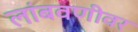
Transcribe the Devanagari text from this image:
लांबवणीवर